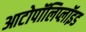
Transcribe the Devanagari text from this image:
आटोपॉलिप्लॉइड